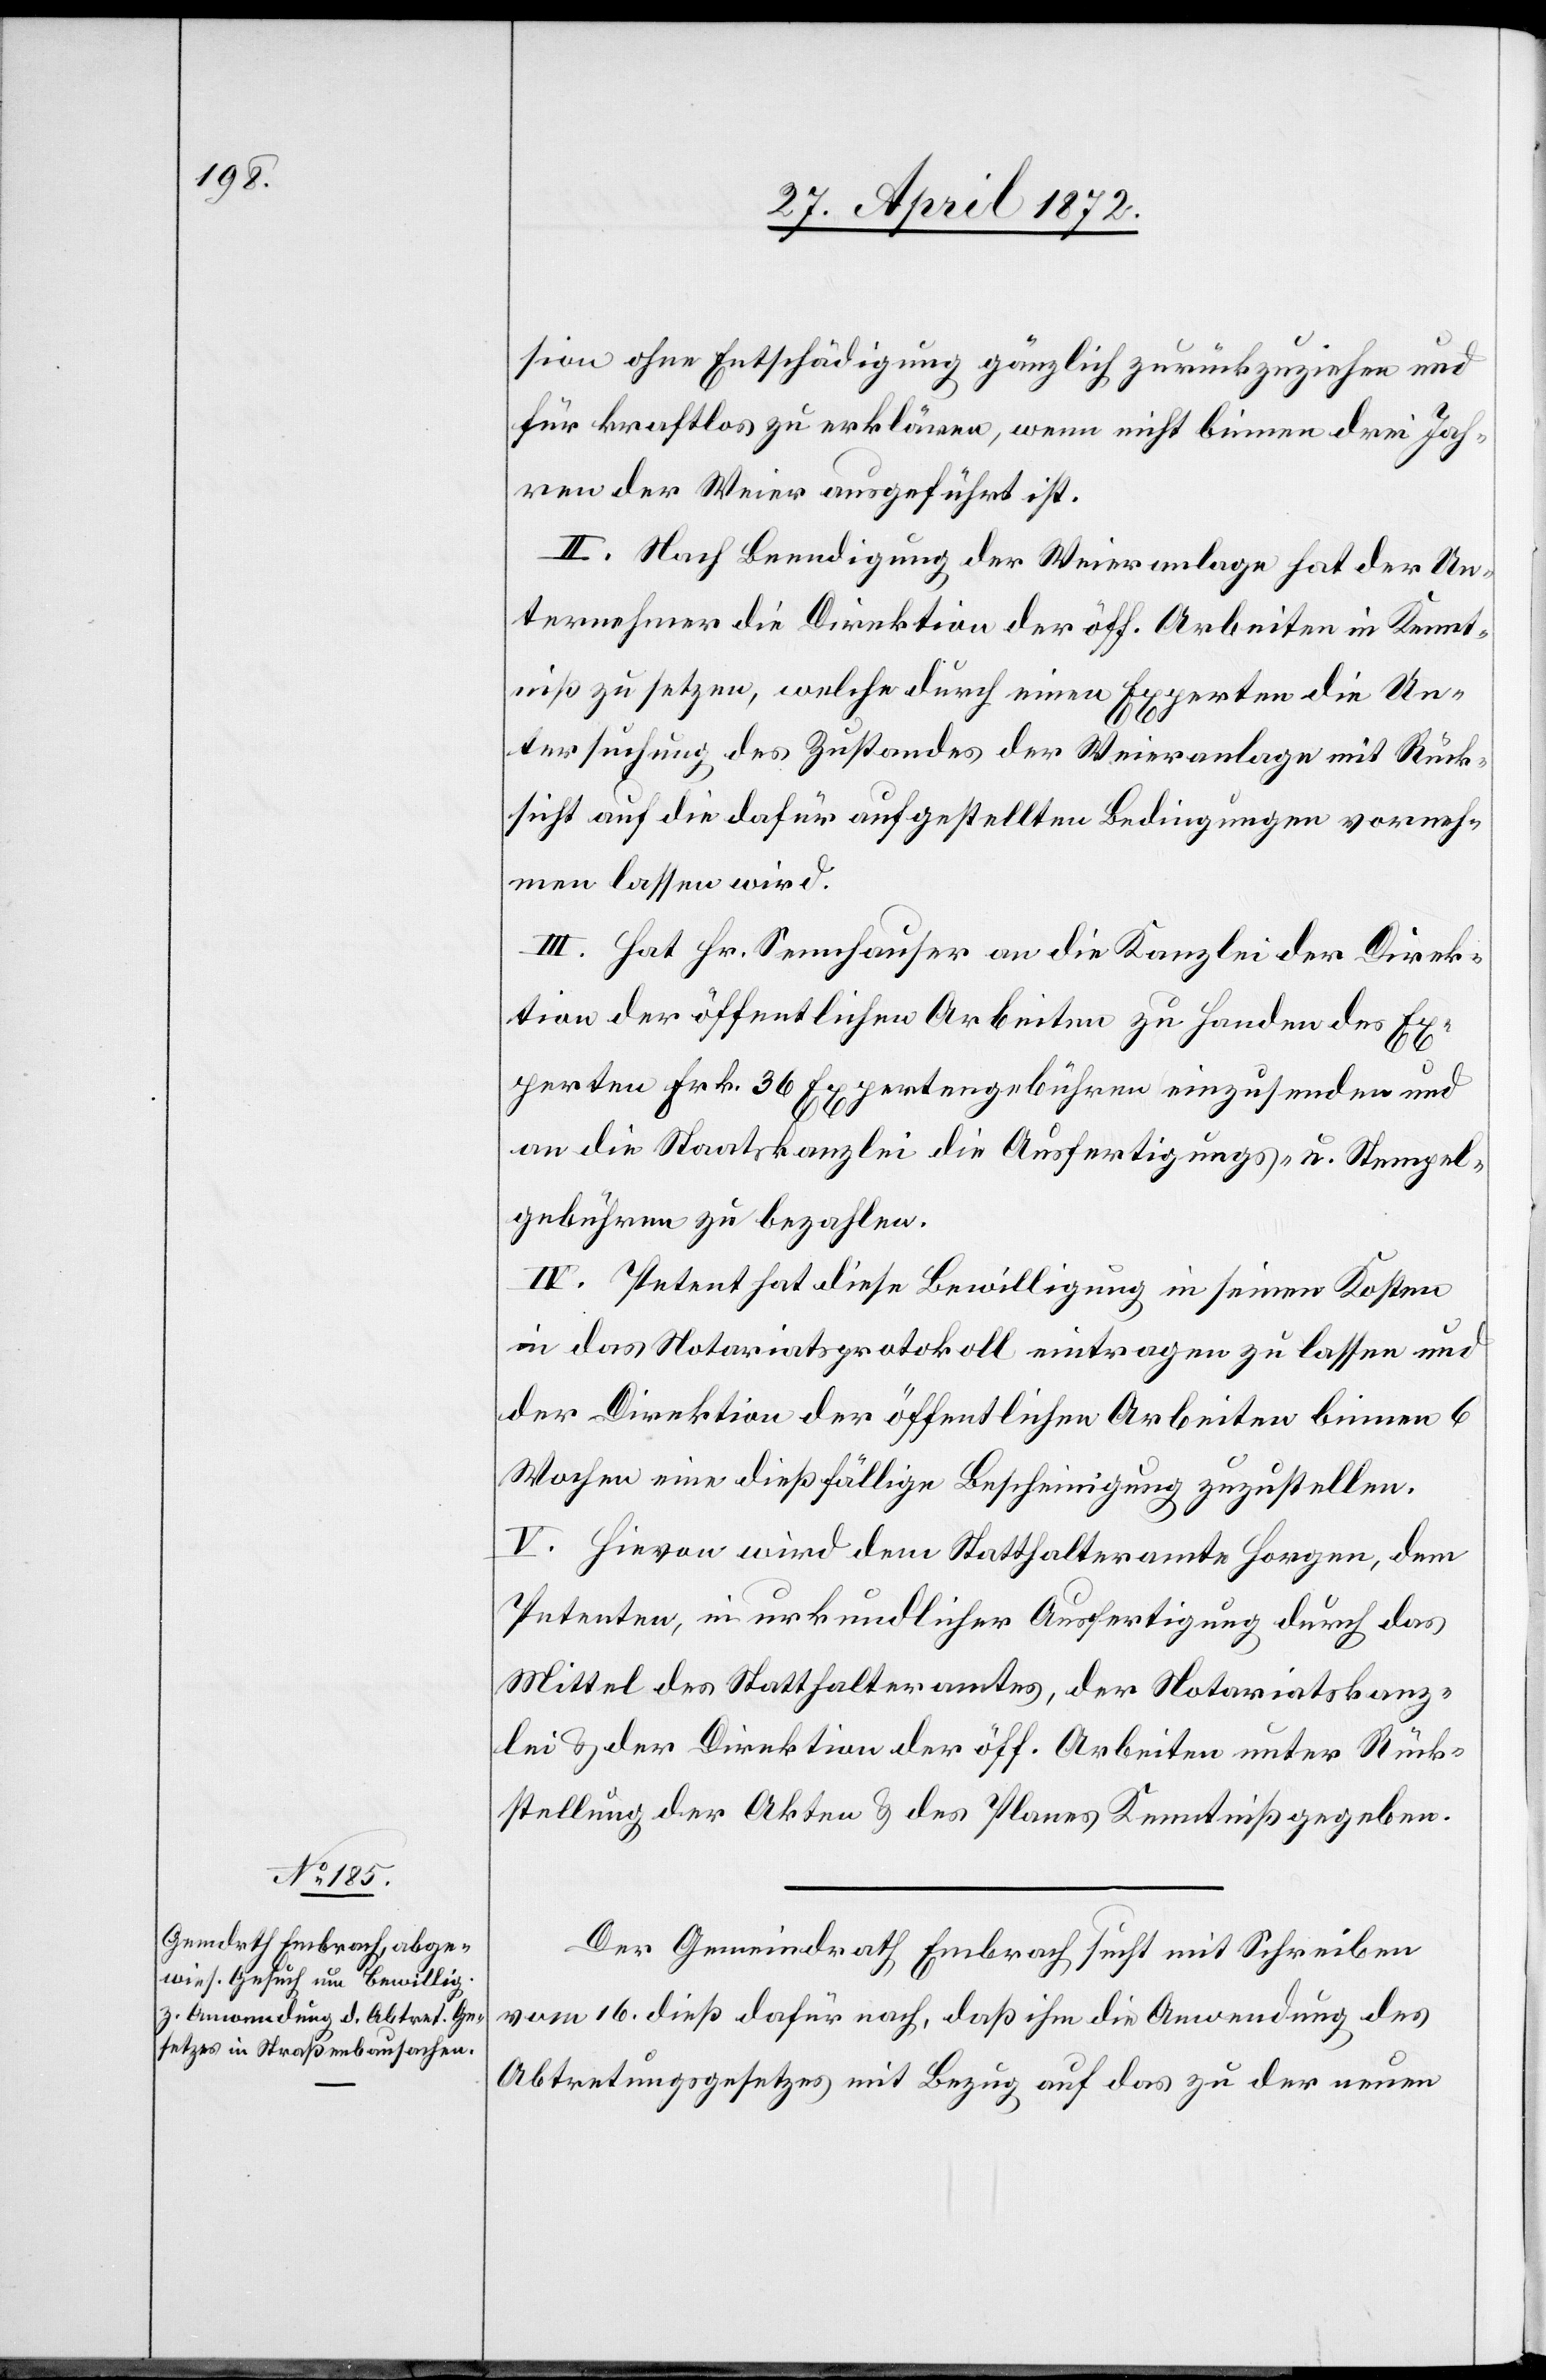
sion ohne Entschädigung gänzlich zurückzuziehen und
für kraftlos zu erklären, wenn nicht binnen drei Jah¬
ren der Weier ausgeführt ist.
II. Nach Beendigung der Weieranlage hat der Un¬
ternehmer die Direktion der öff. Arbeiten in Kennt¬
niß zu setzen, welche durch einen Experten die Un¬
tersuchung des Zustandes der Weieranlage mit Rück¬
sicht auf die dafür aufgestellten Bedingungen vorneh¬
men lassen wird.
III. Hat Hr. Sennhauser an die Kanzlei der Direk¬
tion der öffentlichen Arbeiten zu Handen des Ex¬
perten Frk. 36 Expertengebühren einzusenden und
an die Staatskanzlei die Ausfertigungs- u. Stempel¬
gebühren zu bezahlen.
IV. Petent hat diese Bewilligung in seinen Kosten
in das Notariatsprotokoll eintragen zu lassen und
der Direktion der öffentlichen Arbeiten binnen 6
Wochen eine dießfällige Bescheinigung zuzustellen.
V. Hievon wird dem Statthalteramte Horgen, dem
Petenten, in urkundlicher Ausfertigung durch das
Mittel des Statthalteramtes, der Notariatskanz¬
lei u. der Direktion der öff. Arbeiten unter Rück¬
stellung der Akten u. des Planes Kenntniß gegeben.
Der Gemeindrath Embrach sucht mit Schreiben
vom 16. dieß dafür nach, daß ihm die Anwendung des
Abtretungsgesetzes mit Bezug auf das zu der neuen